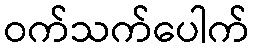
ဝက်သက်ပေါက်